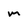
Character: m